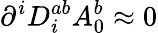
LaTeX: \partial^{i}D_{i}^{ab}A_{0}^{b}\approx 0